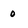
Character: 0